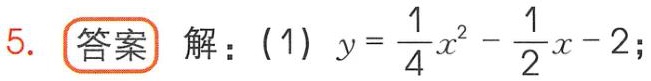
解：(1) \(y = \frac{1}{4}x^{2}-\frac{1}{2}x - 2\);